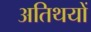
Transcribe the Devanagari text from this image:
अतिथयों